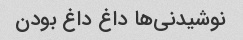
نوشیدنی‌ها داغ داغ بودن